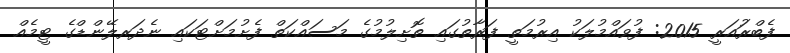
ފެބްރުައަރީ 2015: ފުވައްމުލަކު އިރުމަތީ ފަރާތުގައި ތޮށިލުމުގެ މަސައްކަތް ފެށުމަށްޓަކައި ނެދަރލޭންޑްގެ ޓީމެއް